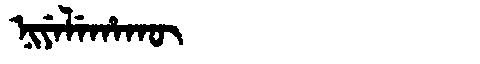
Manchu: ᠨᡳᠶᡝᠯᡝᡥᠠᡴᡡ
Romanization: NIYELEHAKŪ